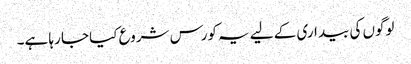
لوگوں کی بیداری کے لیے یہ کورس شروع کیا جا رہا ہے۔